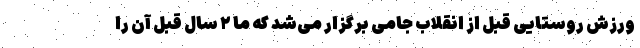
ورزش روستایی قبل از انقلاب جامی برگزار می‌شد که ما ۲ سال قبل آن را